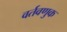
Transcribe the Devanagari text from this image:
वर्तवणुक